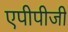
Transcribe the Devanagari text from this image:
एपीपीजी